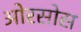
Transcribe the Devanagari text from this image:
ओरसोस